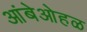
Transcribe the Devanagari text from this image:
आंबेओहळ